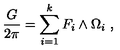
{ \frac { G } { 2 \pi } } = \sum _ { i = 1 } ^ { k } F _ { i } \wedge \Omega _ { i } \ ,